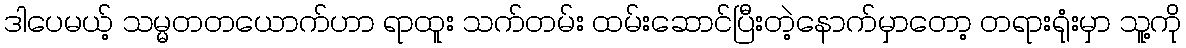
ဒါပေမယ့် သမ္မတတယောက်ဟာ ရာထူး သက်တမ်း ထမ်းဆောင်ပြီးတဲ့နောက်မှာတော့ တရားရုံးမှာ သူ့ကို